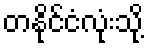
တနိုင်ငံလုံးသို့